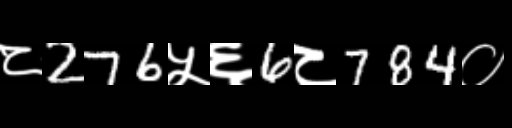
Text: ८276५६6८784०